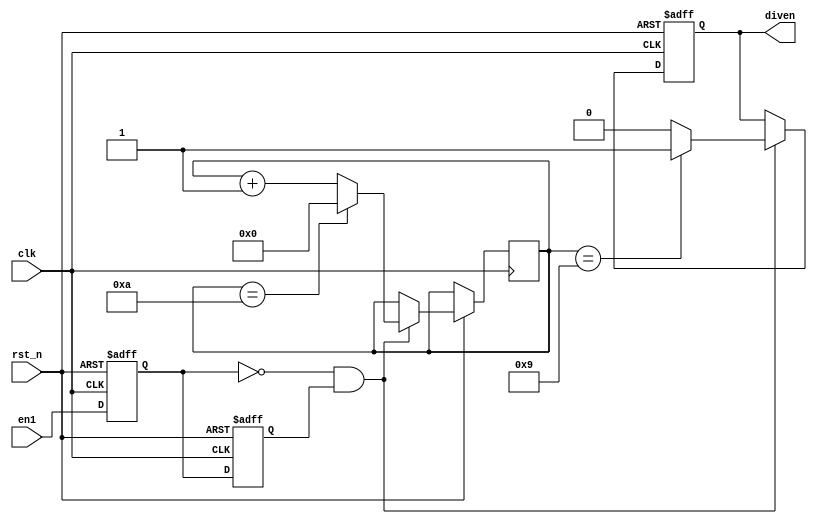
module diven(clk,rst_n,en1,diven);
input clk;
input rst_n;
input en1;
output reg diven;
reg [3:0] counter;

reg enint1 = 0;
reg enint2 = 0;

always@(posedge clk or negedge rst_n)	
begin
	if(!rst_n) 
	begin
		enint1 <= 0;
		enint2 <= 0;
	end
	else 
	begin
		enint1 <= en1;
		enint2 <= enint1;
	end
end
 
wire enflag = ~enint1 & enint2;

always@(posedge clk or negedge rst_n)	
begin
	//enint <= en;
	if(!rst_n) diven <= 0;
	
	
		
	else if ( enflag)     //xiajiangyan
		 begin 
			counter <= counter + 1;
			diven <= 0;
			
		   if (counter == 9) diven <= 1;
			if (counter == 10) 
		   begin 
				
			   counter <= 0;
			end
		end
			
	else ;	
end




endmodule